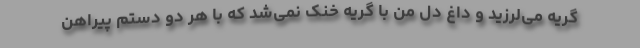
گریه می‌لرزید و داغ دل من با گریه خنک نمی‌شد که با هر دو دستم پیراهن